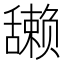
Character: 𫇘